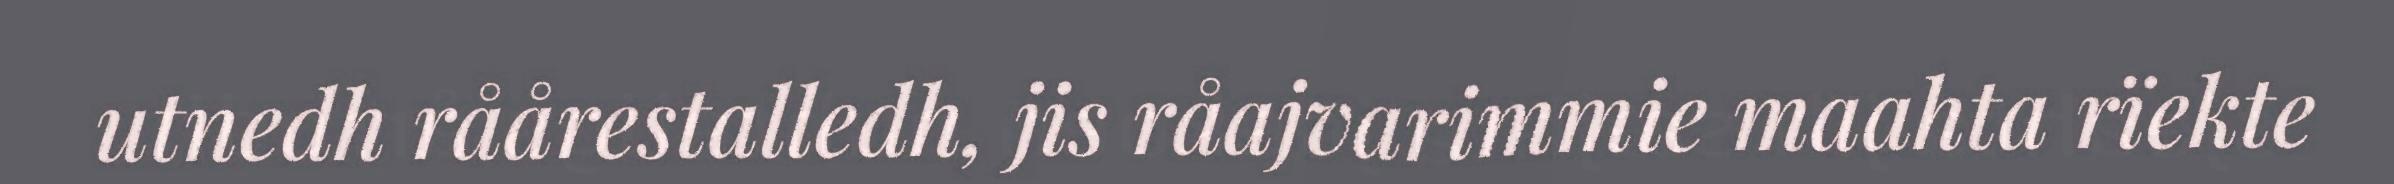
utnedh råårestalledh, jis råajvarimmie maahta rïekte